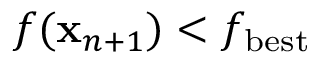
f ( \ensuremath { \mathbf { x } } _ { n + 1 } ) < f _ { \mathrm { b e s t } }